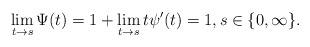
\begin{align*}\lim_{t\to s}\Psi(t)=1+\lim_{t\to s}t\psi'(t)=1,s\in\{0,\infty\}.\end{align*}